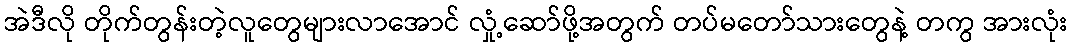
အဲဒီလို တိုက်တွန်းတဲ့လူတွေများလာအောင် လှုံ့ဆော်ဖို့အတွက် တပ်မတော်သားတွေနဲ့ တကွ အားလုံး